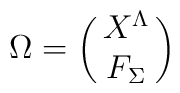
\Omega = \left ( \matrix{X^\Lambda \cr F_\Sigma \cr} \right )